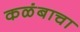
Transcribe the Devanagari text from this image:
कळंबाचा